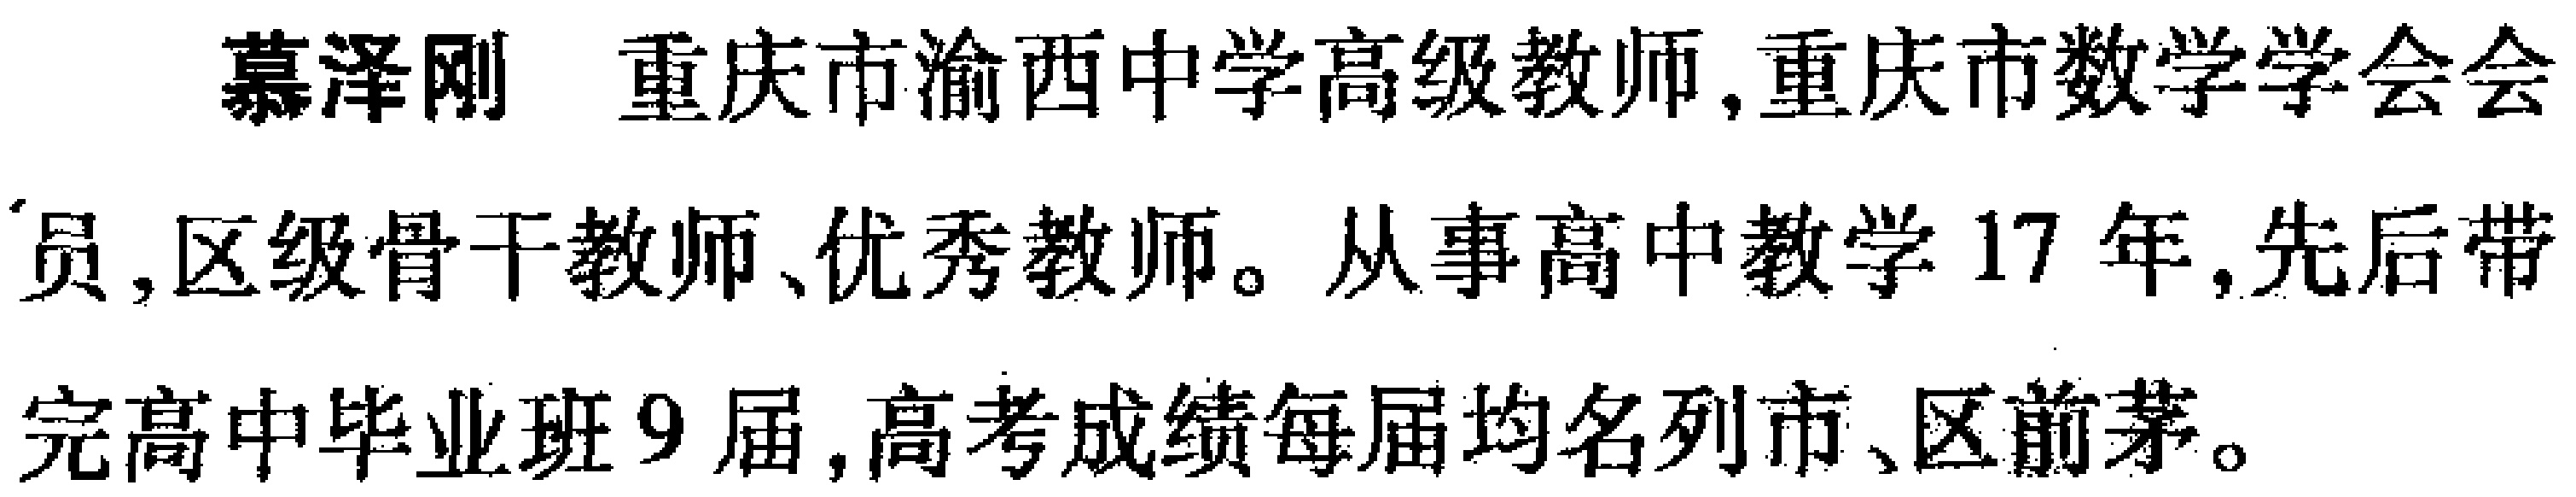
慕泽刚 重庆市渝西中学高级教师,重庆市数学学会会

员,区级骨干教师、优秀教师。从事高中教学 17 年,先后带

完高中毕业班 9 届,高考成绩每届均名列市、区前茅。